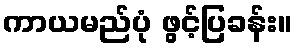
ကာယမည်ပုံ ဖွင့်ပြခန်း။